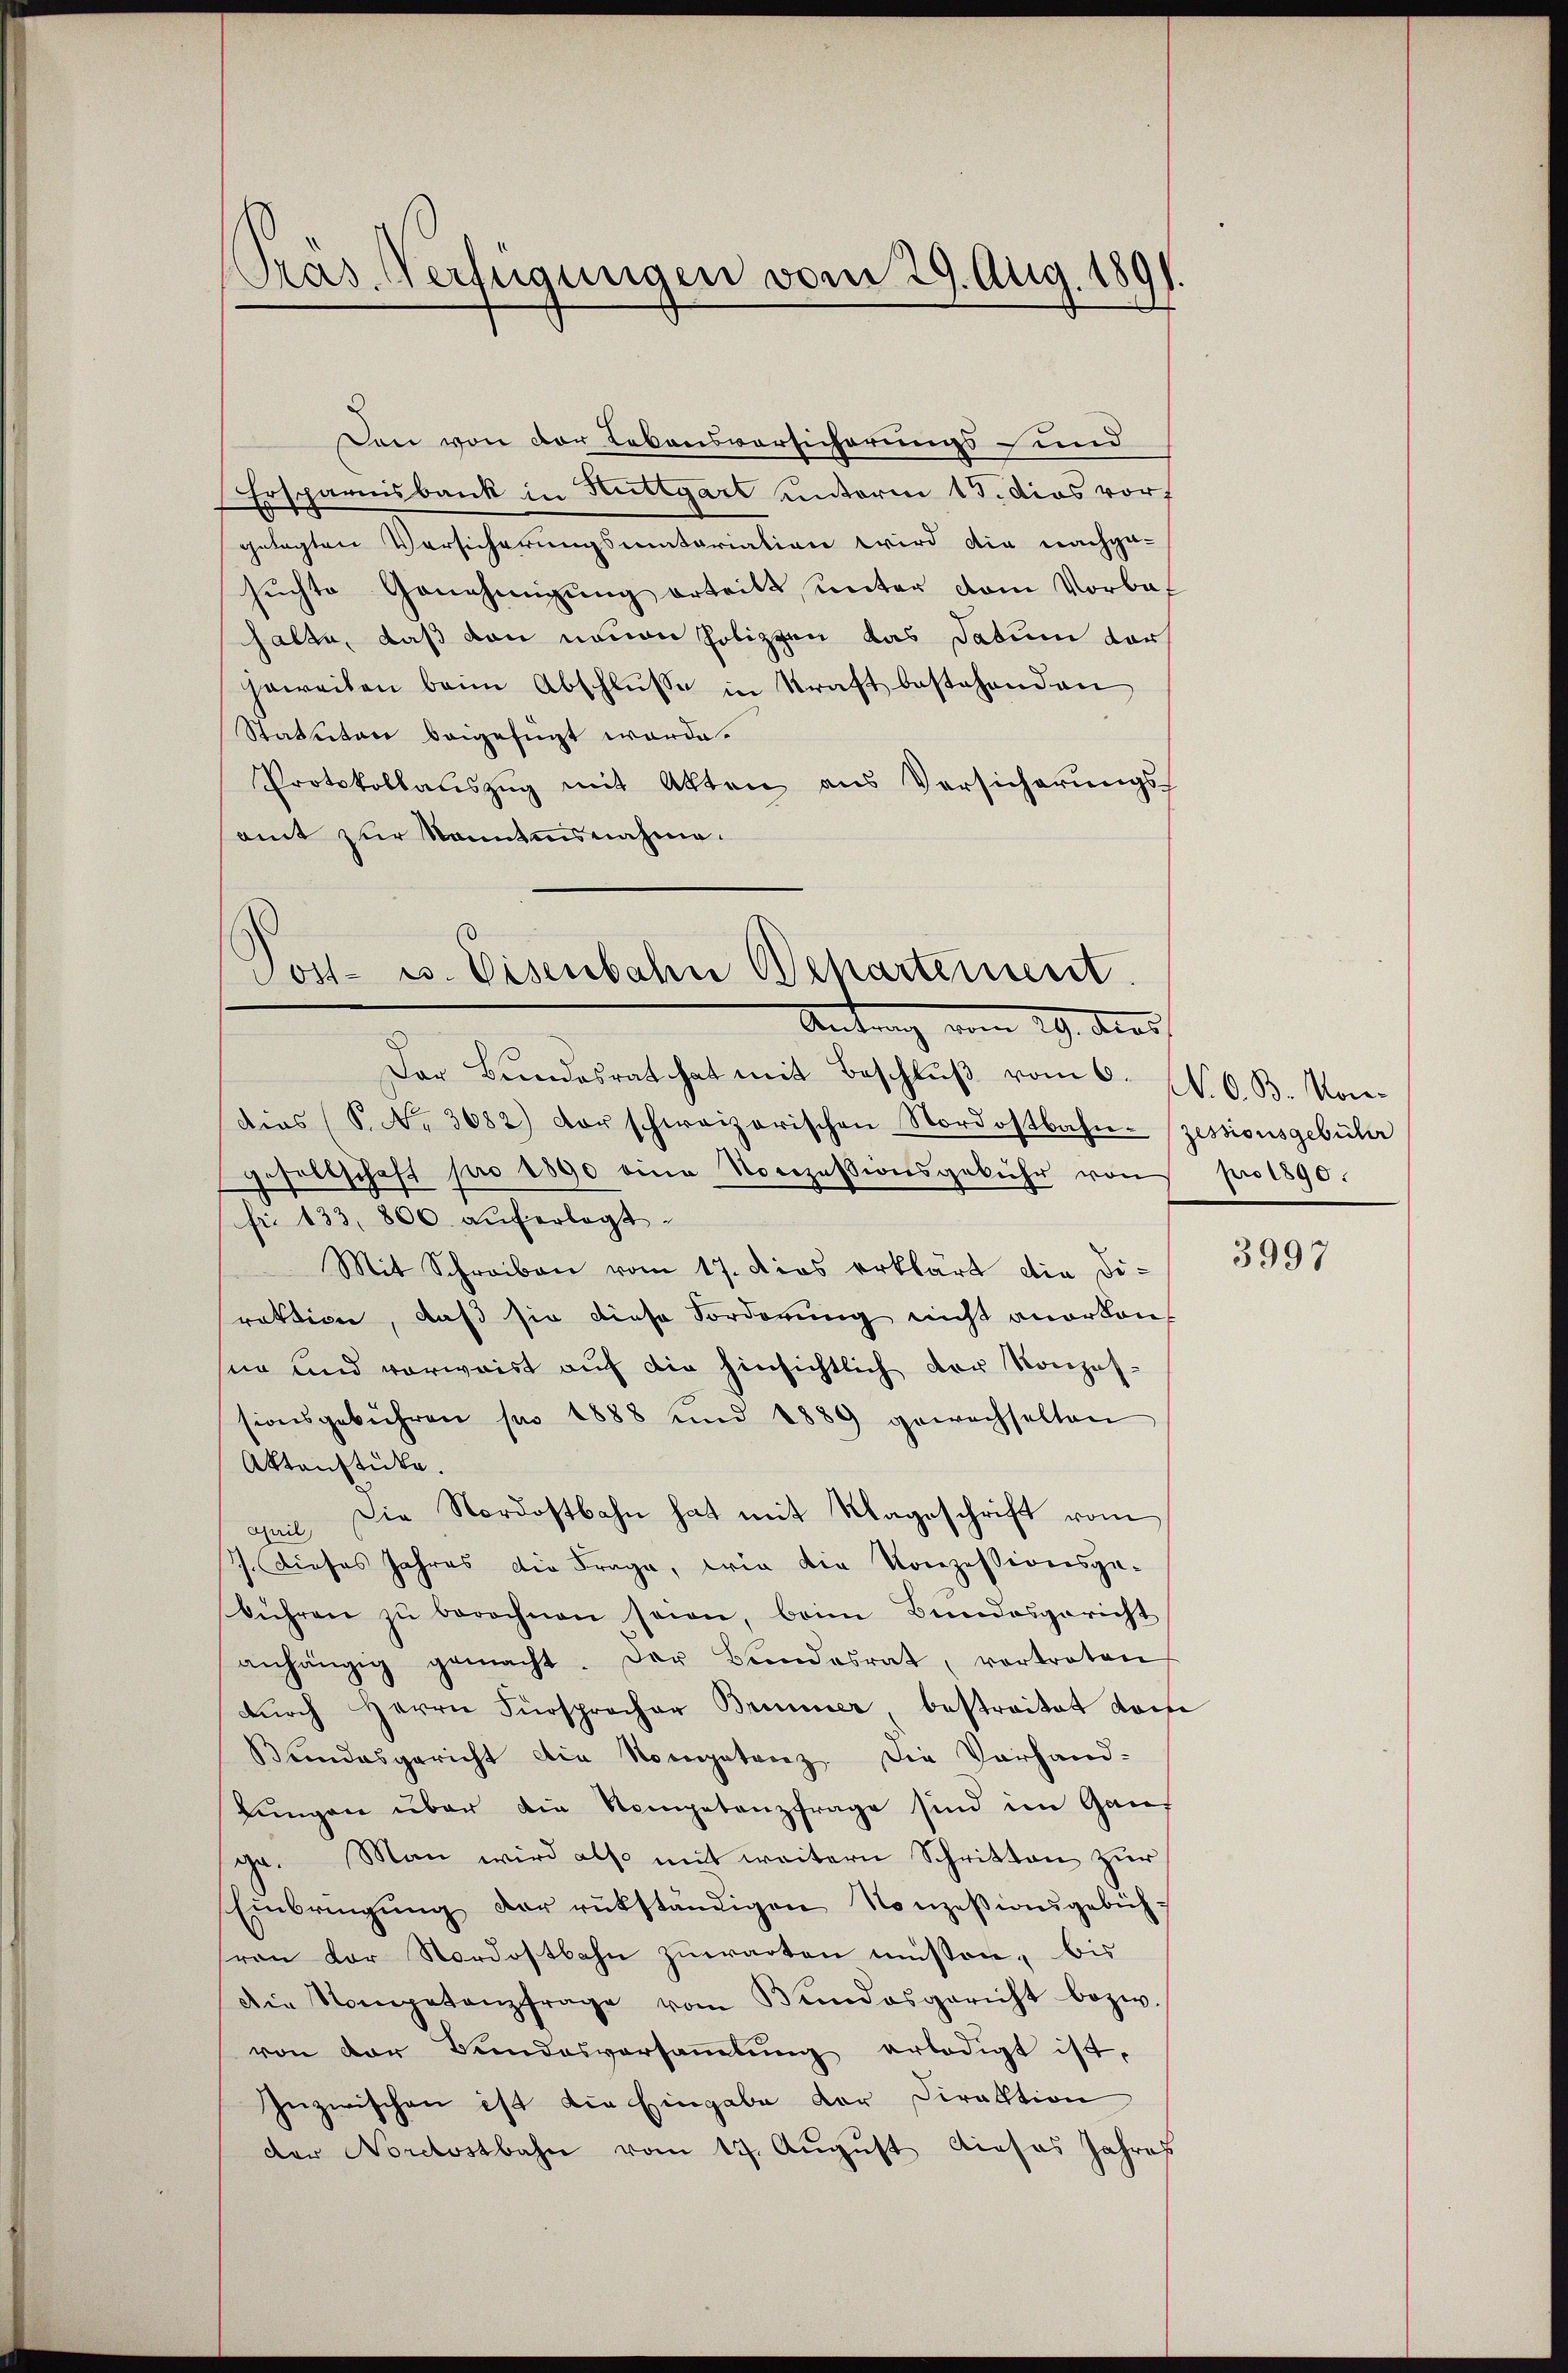
Präs. Verfügungen vom 29. Aug. 1891.

Den von der Lebensvorsicherungs und
Ersparnisbank in Stuttgart unterm 15. dies vorf
gelegten Versicherungsmatariation wird die nachge-
sŭchte Genehmigŭng erteilt, unter vom Vorbahalte, daß von neuen Polizzen das Datum dor
jeweisen beim Abschlusse in Kraft bestehenden
Statuten beigefügt werde.
Protokollauszug mit Akten aus Versicherungs-
samt zur konntensnahme.
Dar Bundesrat hat mit Beschlŭβ vom 6. N. O. B. Kondias (S. Nr. 3682) vor schweizerischen Nordostbahn-Zessionsgebühr
gesellschaft pro 1890 eine Norozessionsgebühr von pro 1890.
fr. 133, 800. aŭf erlegt.
Mit Schreiben vom 17. dies erklärt die Diraktion, daß sie diese Forderung nicht anerken-
sin und vorweist auf die hinsichtlich der Konzessionsgebühren pro 1888 und 1889 gewechselten
Aktenstücke
quil, die Nordostbahn hat mit Klageschrift vom
7. dieses Jahres die Frage, wie die Konzessionsge-
bühren zŭ berechnen seien, beim Bundesgericht
anhängig gemacht. Der Bundesrat, vortreten
durch Herrn Fürsprocher Brunner, bestreitet dam
Bundesgericht die Nompetenz. Die Vorhand-
lungen über die Nompetenzfrage sind im Ganz
ge. Man wird also mit weitern Schritten zur
Einbringung der rükständigen Konzessiangebühvon der Nordostbahn zuwarten müssen, bis
Die Stompetenzfrage vom Bundesgericht bezw.
von der Bundesversaṁlŭng erledigt ist.
Inzwischen ist die Eingabe der Direktion
der Nordostbahn vom 17. August dieses Jahres

Post- u. Eisenbahn Departement.
Antrag vom 29. Juni

3997